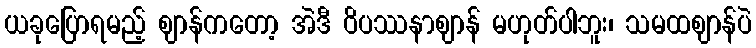
ယခုပြောရမည့် ဈာန်ကတော့ အဲဒီ ဝိပဿနာဈာန် မဟုတ်ပါဘူး၊ သမထဈာန်ပဲ